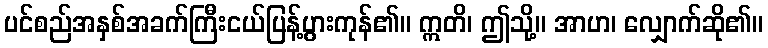
ပင်စည်အနှစ်အခက်ကြီးငယ်ပြန့်ပွားကုန်၏။ ဣတိ၊ ဤသို့။ အာဟ၊ လျှောက်ဆို၏။